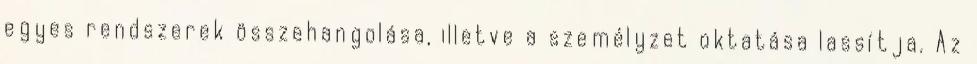
egyes rendszerek összehangolása, illetve a személyzet oktatása lassítja. Az